65_HS1-834228961_62-HQ-83894_Section_6
Agency: FBI
Page 176
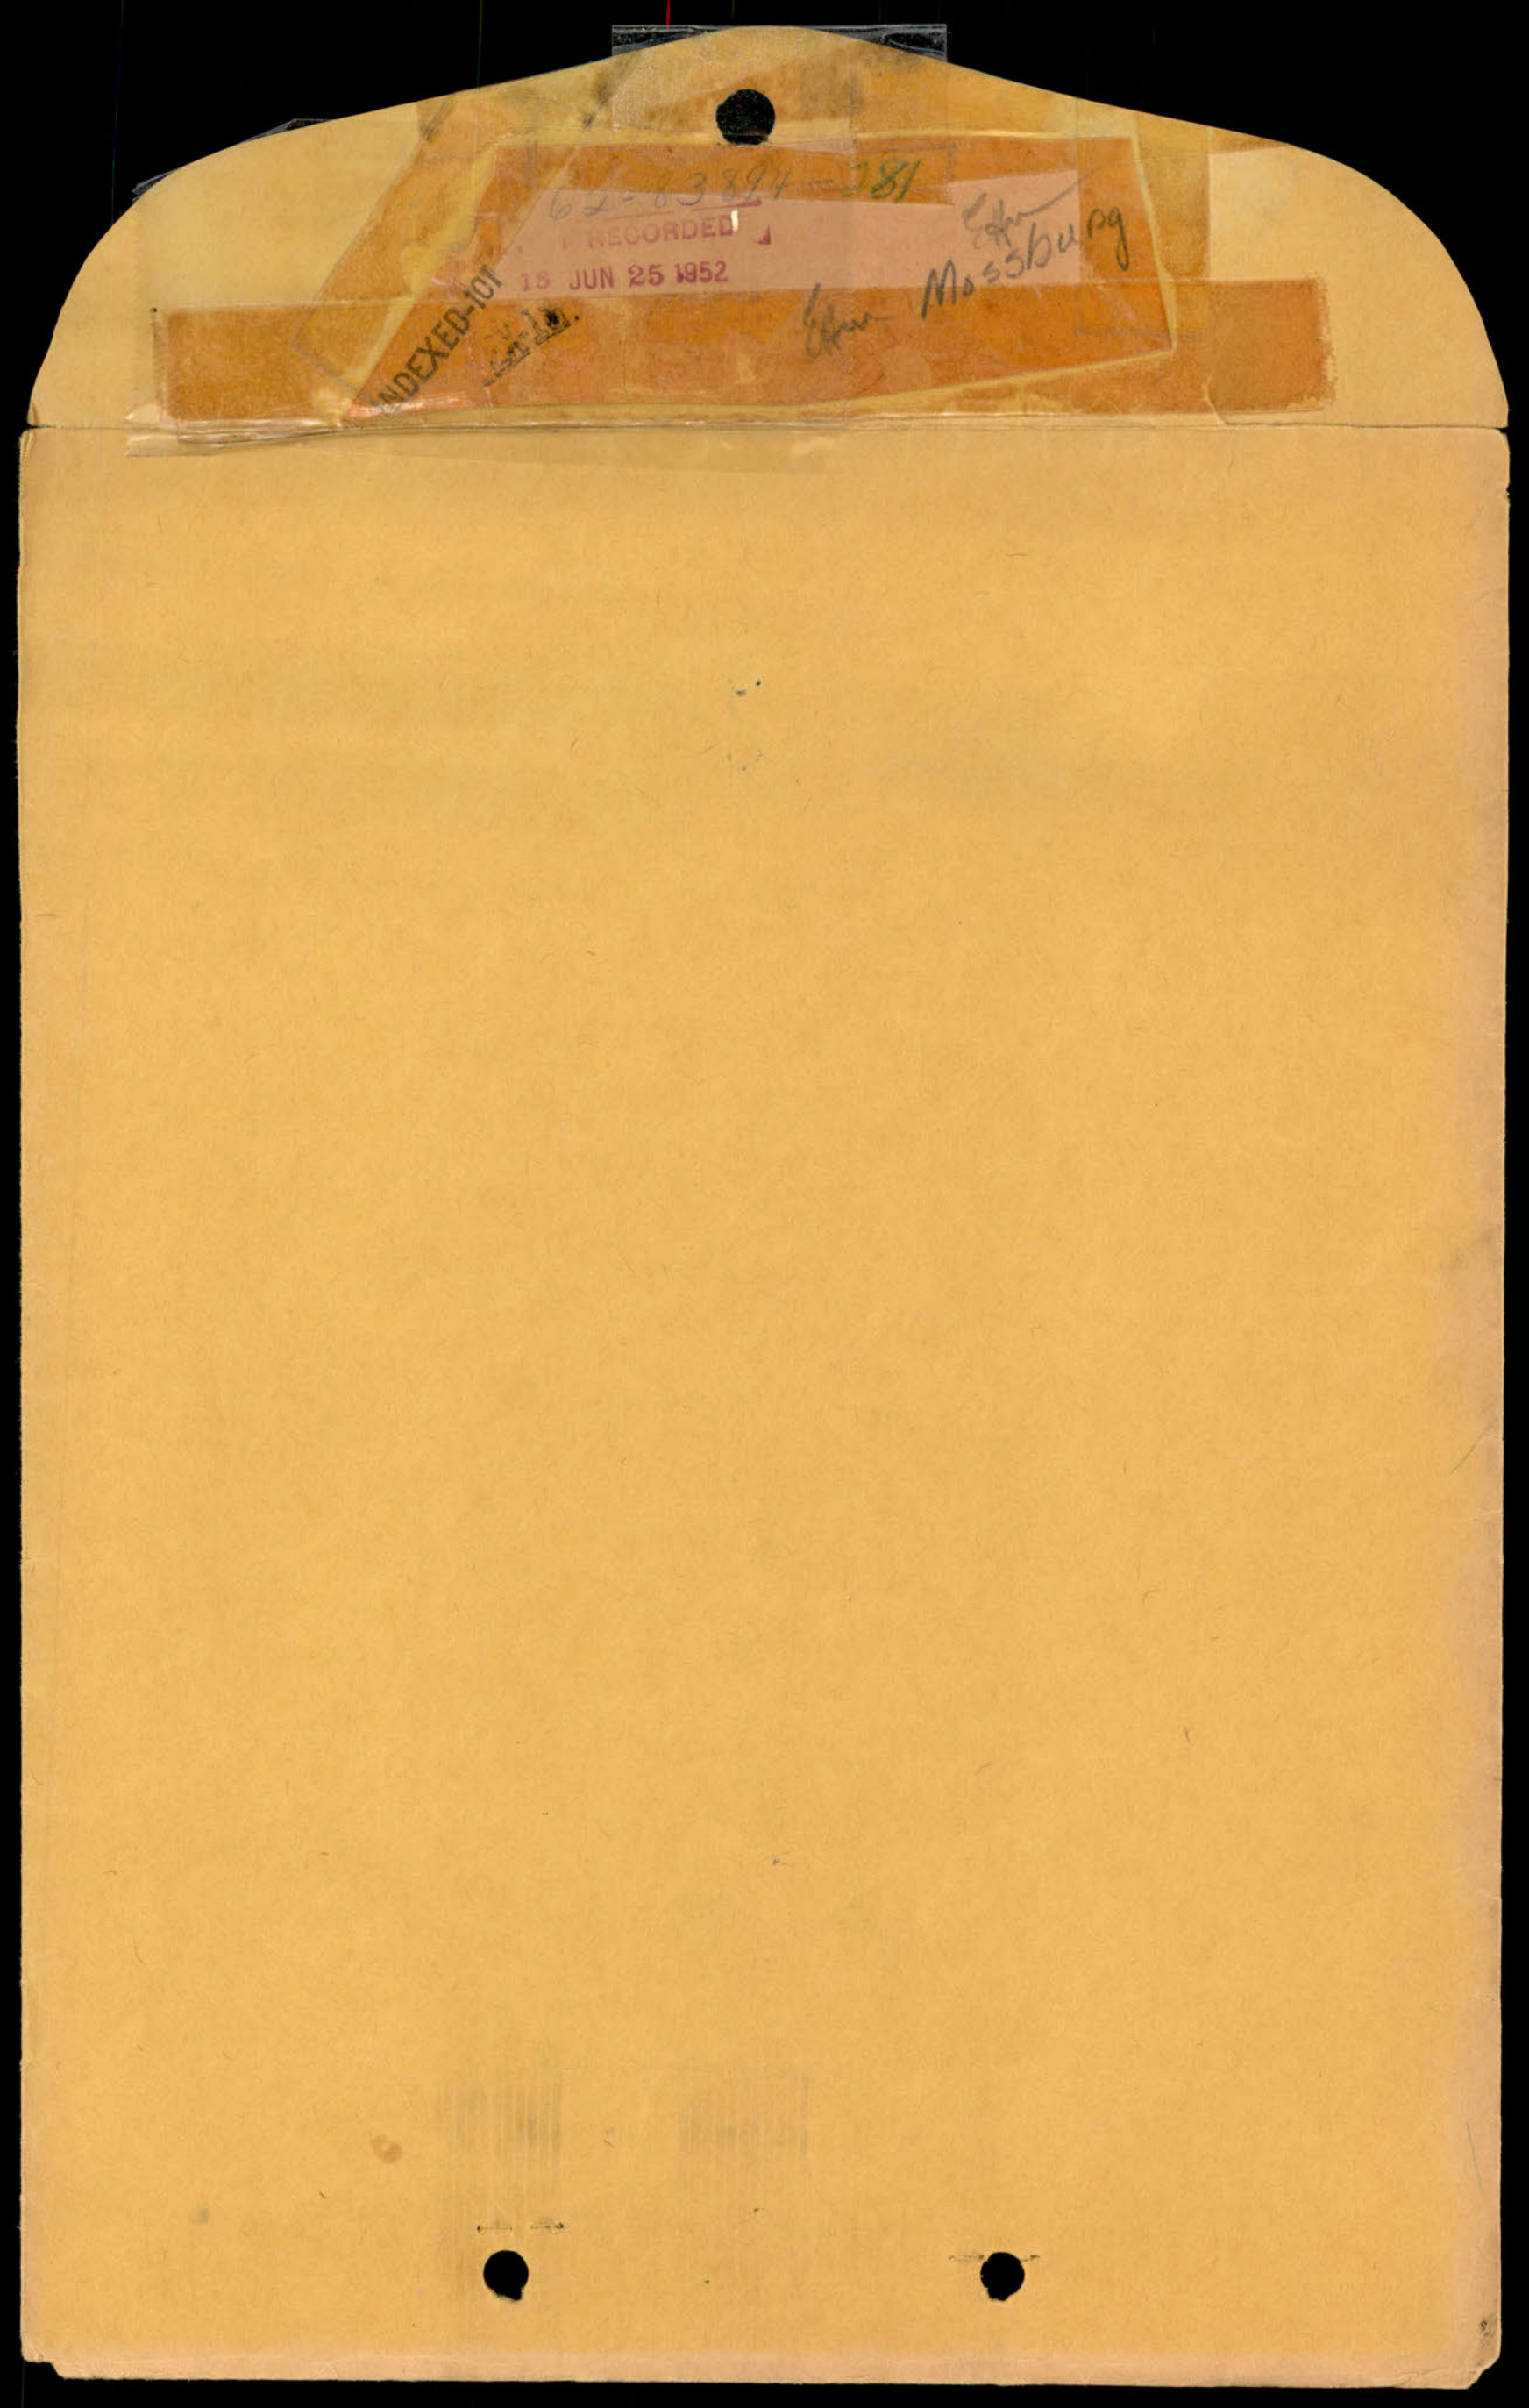